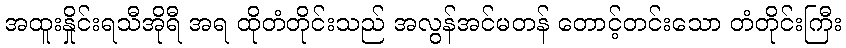
အထူးနှိုင်းရသီအိုရီ အရ ထိုတံတိုင်းသည် အလွန်အင်မတန် တောင့်တင်းသော တံတိုင်းကြီး